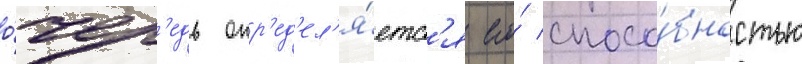
о́чер'едь опр'ед'ел'я́етс'я его́ спосо́бностью